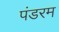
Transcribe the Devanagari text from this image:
पंडरम